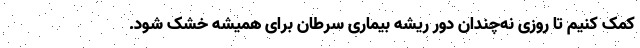
کمک کنیم تا روزی نه‌چندان دور ریشه بیماری سرطان برای همیشه خشک شود.